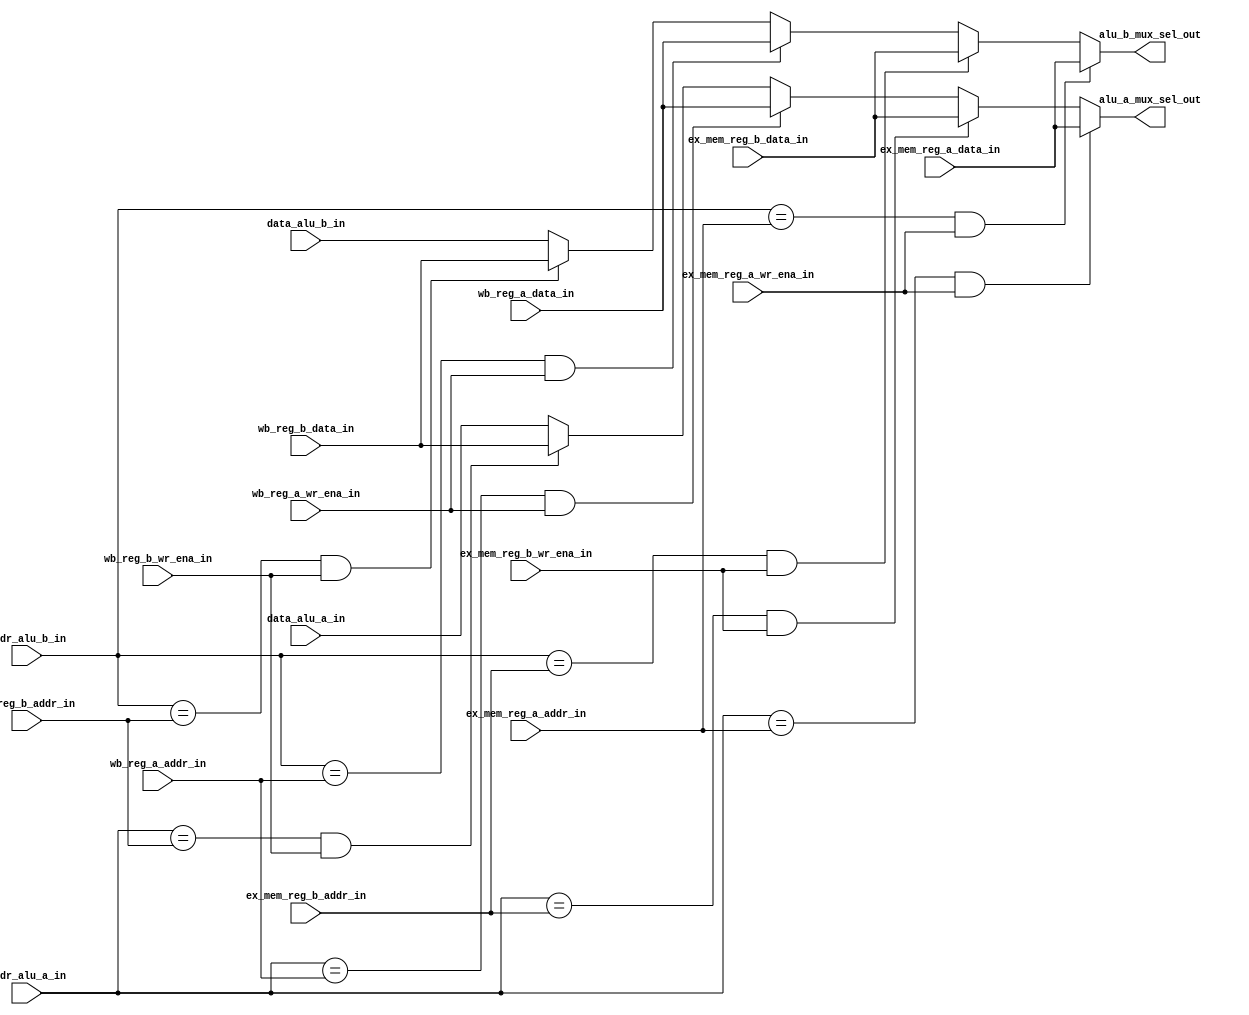
module forward_unit
#(
   parameter DATA_WIDTH = 32,
   parameter REG_ADDR_WIDTH = 5
 )
 (
   input [DATA_WIDTH-1:0] data_alu_a_in,
   input [DATA_WIDTH-1:0] data_alu_b_in,
   input [REG_ADDR_WIDTH-1:0] addr_alu_a_in,
   input [REG_ADDR_WIDTH-1:0] addr_alu_b_in,
   input [DATA_WIDTH-1:0] ex_mem_reg_a_data_in,
   input [DATA_WIDTH-1:0] ex_mem_reg_b_data_in,
   input [REG_ADDR_WIDTH-1:0] ex_mem_reg_a_addr_in,
   input [REG_ADDR_WIDTH-1:0] ex_mem_reg_b_addr_in,
   input ex_mem_reg_a_wr_ena_in,
   input ex_mem_reg_b_wr_ena_in,
   input [DATA_WIDTH-1:0] wb_reg_a_data_in,
   input [DATA_WIDTH-1:0] wb_reg_b_data_in,
   input [REG_ADDR_WIDTH-1:0] wb_reg_a_addr_in,
   input [REG_ADDR_WIDTH-1:0] wb_reg_b_addr_in,
   input wb_reg_a_wr_ena_in,
   input wb_reg_b_wr_ena_in,
      
   output reg [DATA_WIDTH-1:0] alu_a_mux_sel_out,
   output reg [DATA_WIDTH-1:0] alu_b_mux_sel_out
);

   // Port-A ALU input
   always@(*)begin
      // Forwarding data from MEM -> EXE
      if((addr_alu_a_in == ex_mem_reg_a_addr_in) & ex_mem_reg_a_wr_ena_in)begin
         alu_a_mux_sel_out <= ex_mem_reg_a_data_in;
      end
      else if((addr_alu_a_in == ex_mem_reg_b_addr_in) & ex_mem_reg_b_wr_ena_in)begin
         alu_a_mux_sel_out <= ex_mem_reg_b_data_in;
      end
      // Forwarding data from WB -> EXE
      else if((addr_alu_a_in == wb_reg_a_addr_in) & wb_reg_a_wr_ena_in)begin
         alu_a_mux_sel_out <= wb_reg_a_data_in;
      end
      else  if((addr_alu_a_in == wb_reg_b_addr_in) & wb_reg_b_wr_ena_in)begin
         alu_a_mux_sel_out <= wb_reg_b_data_in;
      end
      // No forwarding
      else begin
         alu_a_mux_sel_out <= data_alu_a_in;
      end
   end


   // Port-B ALU input
   always@(*)begin
      // Forwarding data from MEM -> EXE
      if((addr_alu_b_in == ex_mem_reg_a_addr_in) & ex_mem_reg_a_wr_ena_in)begin
         alu_b_mux_sel_out <= ex_mem_reg_a_data_in;
      end
      else if((addr_alu_b_in == ex_mem_reg_b_addr_in) & ex_mem_reg_b_wr_ena_in)begin
         alu_b_mux_sel_out <= ex_mem_reg_b_data_in;
      end
      // Forwarding data from WB -> EXE
      else if((addr_alu_b_in == wb_reg_a_addr_in) & wb_reg_a_wr_ena_in)begin
         alu_b_mux_sel_out <= wb_reg_a_data_in;
      end
      else if((addr_alu_b_in == wb_reg_b_addr_in) & wb_reg_b_wr_ena_in)begin
         alu_b_mux_sel_out <= wb_reg_b_data_in;
      end
      // No forwarding
      else begin
         alu_b_mux_sel_out <= data_alu_b_in;
      end
   end


endmodule